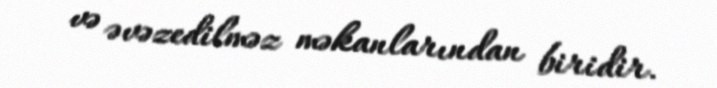
və əvəzedilməz məkanlarından biridir.